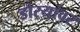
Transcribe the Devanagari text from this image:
डोर्‍यांवर